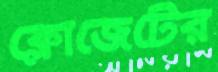
ক্লোজেটের